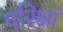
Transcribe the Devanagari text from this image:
परिक्षां